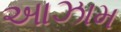
આઝામ